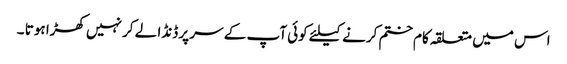
اس میں متعلقہ کام ختم کرنے کیلئے کوئی آپ کے سر پر ڈنڈا لے کر نہیں کھڑا ہوتا ۔